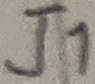
Text: J1